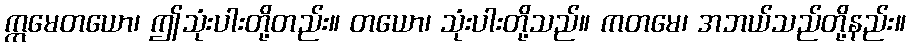
ဣမေတယော၊ ဤသုံးပါးတို့တည်း။ တယော၊ သုံးပါးတို့သည်။ ကတမေ၊ အဘယ်သည်တို့နည်း။